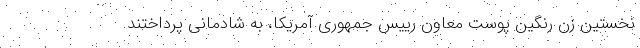
نخستین زن رنگین پوست معاون رییس جمهوری آمریکا، به شادمانی پرداختند.